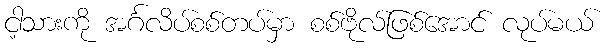
ငါ့သားကို အင်္ဂလိပ်စစ်တပ်မှာ စစ်ဗိုလ်ဖြစ်အောင် လုပ်မယ်